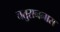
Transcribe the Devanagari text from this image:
चतुराननास